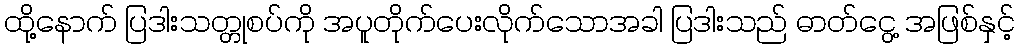
ထို့နောက် ပြဒါးသတ္တုစပ်ကို အပူတိုက်ပေးလိုက်သောအခါ ပြဒါးသည် ဓာတ်ငွေ့ အဖြစ်နှင့်